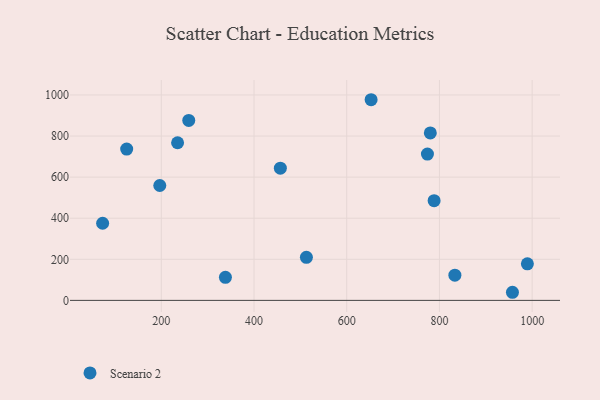
{"axis": {"x": "Study Hours", "y": "Yield"}, "legend": ["Scenario 2"], "data": [{"x": "513.0", "y": 209.5, "type": "Scenario 2"}, {"x": "125.3", "y": 736.6, "type": "Scenario 2"}, {"x": "259.2", "y": 876.0, "type": "Scenario 2"}, {"x": "456.8", "y": 643.8, "type": "Scenario 2"}, {"x": "235.1", "y": 767.3, "type": "Scenario 2"}, {"x": "338.3", "y": 112.4, "type": "Scenario 2"}, {"x": "652.6", "y": 976.8, "type": "Scenario 2"}, {"x": "957.5", "y": 39.5, "type": "Scenario 2"}, {"x": "833.3", "y": 122.5, "type": "Scenario 2"}, {"x": "774.1", "y": 712.0, "type": "Scenario 2"}, {"x": "780.3", "y": 815.0, "type": "Scenario 2"}, {"x": "788.5", "y": 485.2, "type": "Scenario 2"}, {"x": "73.4", "y": 375.5, "type": "Scenario 2"}, {"x": "989.7", "y": 178.0, "type": "Scenario 2"}, {"x": "196.7", "y": 559.3, "type": "Scenario 2"}]}